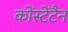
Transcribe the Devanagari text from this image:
कोंस्टेंटैन